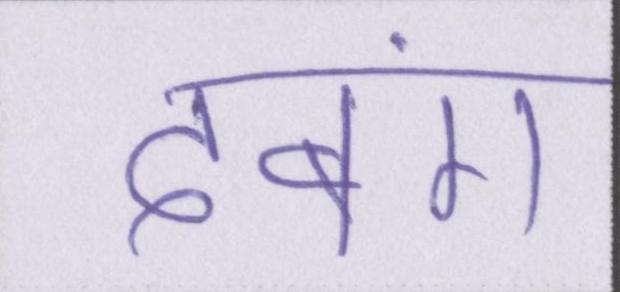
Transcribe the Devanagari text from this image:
दबंग